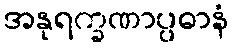
အနုရက္ခဏာပ္ပဓာနံ